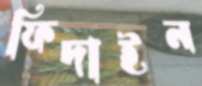
ফিদাইন